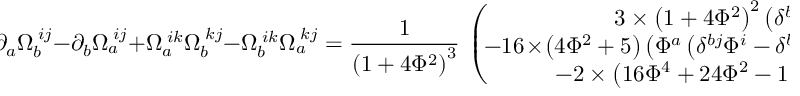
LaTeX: \! \! \partial _ { a } \Omega _ { b } ^ { \; i j } - \partial _ { b } \Omega _ { a } ^ { \; i j } + \Omega _ { a } ^ { \; i k } \Omega _ { b } ^ { \; k j } - \Omega _ { b } ^ { \; i k } \Omega _ { a } ^ { \; k j } = \frac 1 { \left( 1 + 4 \Phi ^ { 2 } \right) ^ { 3 } } \, \left( \! \! \! \! \begin{array} { c } { { 3 \times \left( 1 + 4 \Phi ^ { 2 } \right) ^ { 2 } \left( \delta ^ { b j } \delta ^ { a i } - \delta ^ { b i } \delta ^ { a j } \right) } } \\ { { - 1 6 \! \times \! \left( 4 \Phi ^ { 2 } + 5 \right) \left( \Phi ^ { a } \left( \delta ^ { b j } \Phi ^ { i } - \delta ^ { b i } \Phi ^ { j } \right) - \Phi ^ { b } \! \left( \delta ^ { a j } \Phi ^ { i } - \delta ^ { a i } \Phi ^ { j } \right) \right) } } \\ { { - 2 \times \left( 1 6 \Phi ^ { 4 } + 2 4 \Phi ^ { 2 } - 1 1 \right) \left( \Phi ^ { a } \varepsilon ^ { b i j } - \Phi ^ { b } \varepsilon ^ { a i j } \right) } } \end{array} \! \! \! \right) \! .